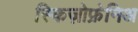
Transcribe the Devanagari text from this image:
स्किज़ोफ्रेनिअ